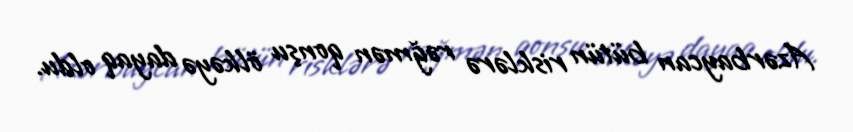
Azərbaycan bütün risklərə rəğmən qonşu ölkəyə dayaq oldu.